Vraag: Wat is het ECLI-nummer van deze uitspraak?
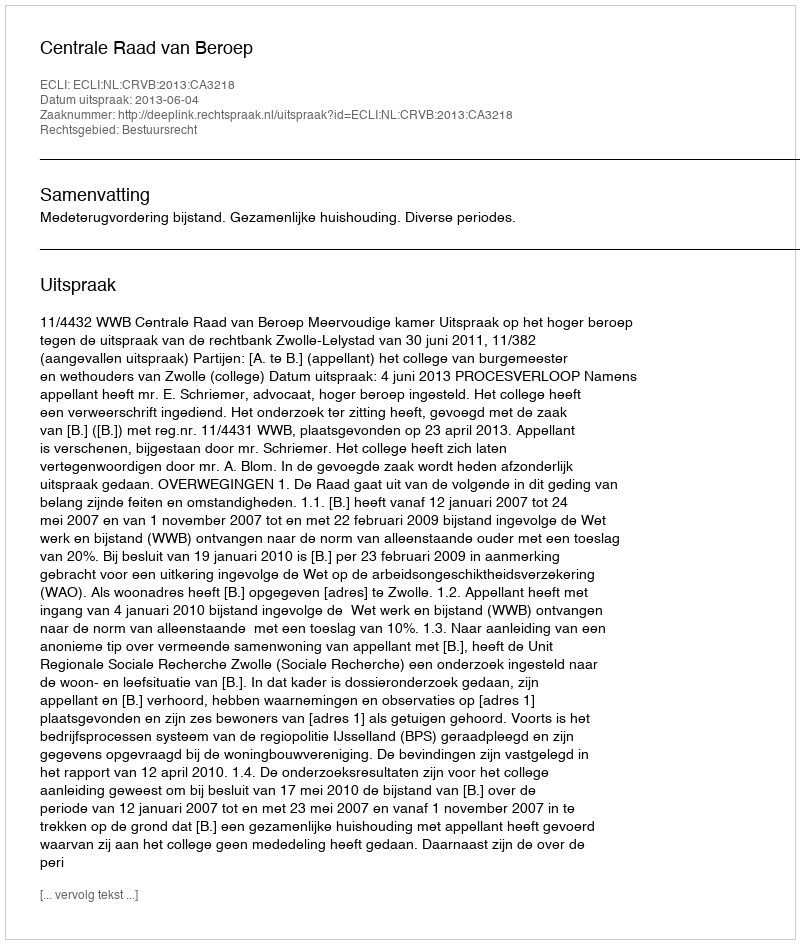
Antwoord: ECLI:NL:CRVB:2013:CA3218